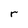
Character: r